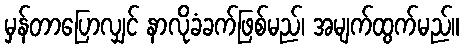
မှန်တာပြောလျှင် နာလိုခံခက်ဖြစ်မည်၊ အမျက်ထွက်မည်။